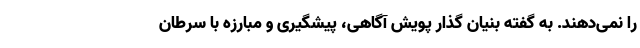
را نمی‌دهند. به گفته بنیان گذار پویش آگاهی، پیشگیری و مبارزه با سرطان